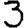
Digit: 3